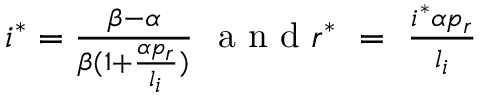
\begin{array} { r } { i ^ { * } = \frac { \beta - \alpha } { \beta ( 1 + \frac { \alpha p _ { r } } { l _ { i } } ) } \ \mathrm { ~ a ~ n ~ d ~ } r ^ { * } \ = \ \frac { i ^ { * } \alpha p _ { r } } { l _ { i } } } \end{array}